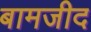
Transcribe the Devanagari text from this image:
बामजीद